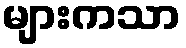
များကသာ